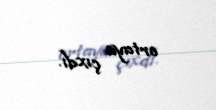
ortaya çıxdı.